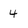
Character: 4